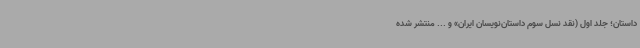
داستان؛ جلد اول (نقد نسل سوم داستان‌نویسان ایران» و ... منتشر شده